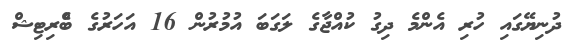
ދުނިޔޭގައި ހުރި އެންމެ ދިގު ކުއްޖާގެ ލަގަބަ އުމުރުން 16 އަހަރުގެ ބްެެރިޓިޝް